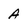
Character: A